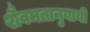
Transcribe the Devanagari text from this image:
शैवमतानुयायी